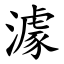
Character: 澽